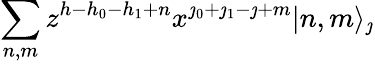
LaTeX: \sum_{n,m}z^{h-h_{0}-h_{1}+n}x^{\jmath_{0}+\jmath_{1}-\jmath+m}|n,m\rangle_{\jmath}